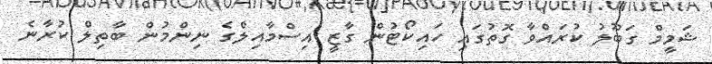
ޝަމީމް ގަބޫލު ކުރައްވާ ގޮތުގައި ހައިކޯޓުން ގާޒީ އިސްމާއިލްގެ ނިންމުން ބާތިލް ކުރާނެ